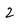
Character: 2